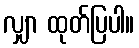
လျှာ ထုတ်ပြပါ။